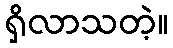
ရှိလာသတဲ့။